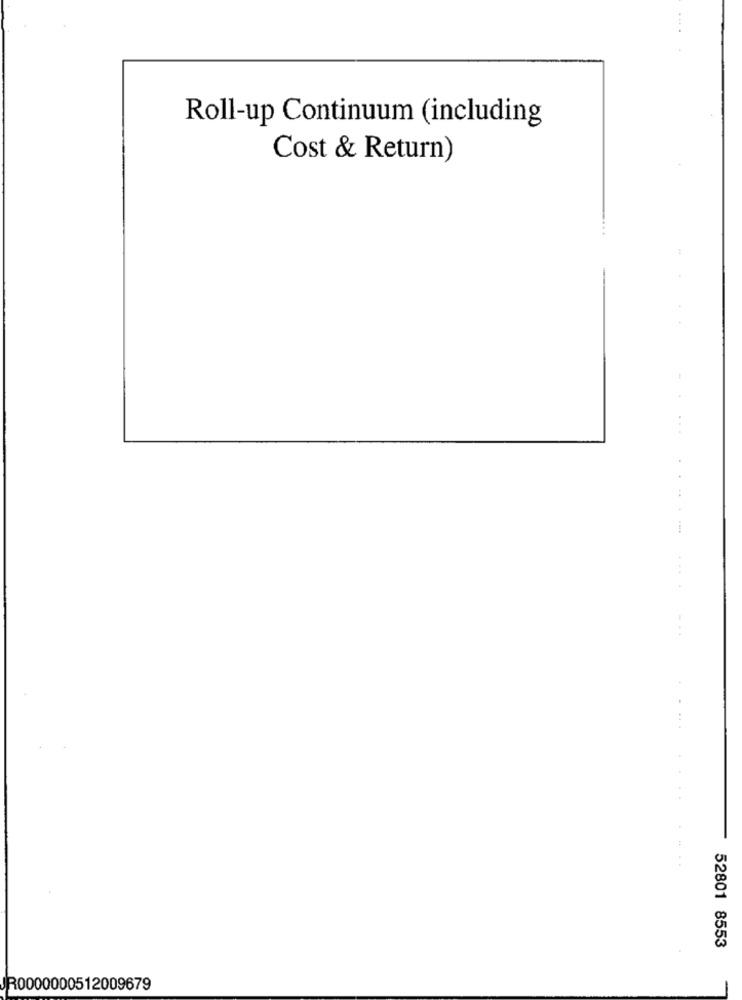
Roll-up Continuum (including
Cost & Return)
..
....
52801 8553
R0000000512009679